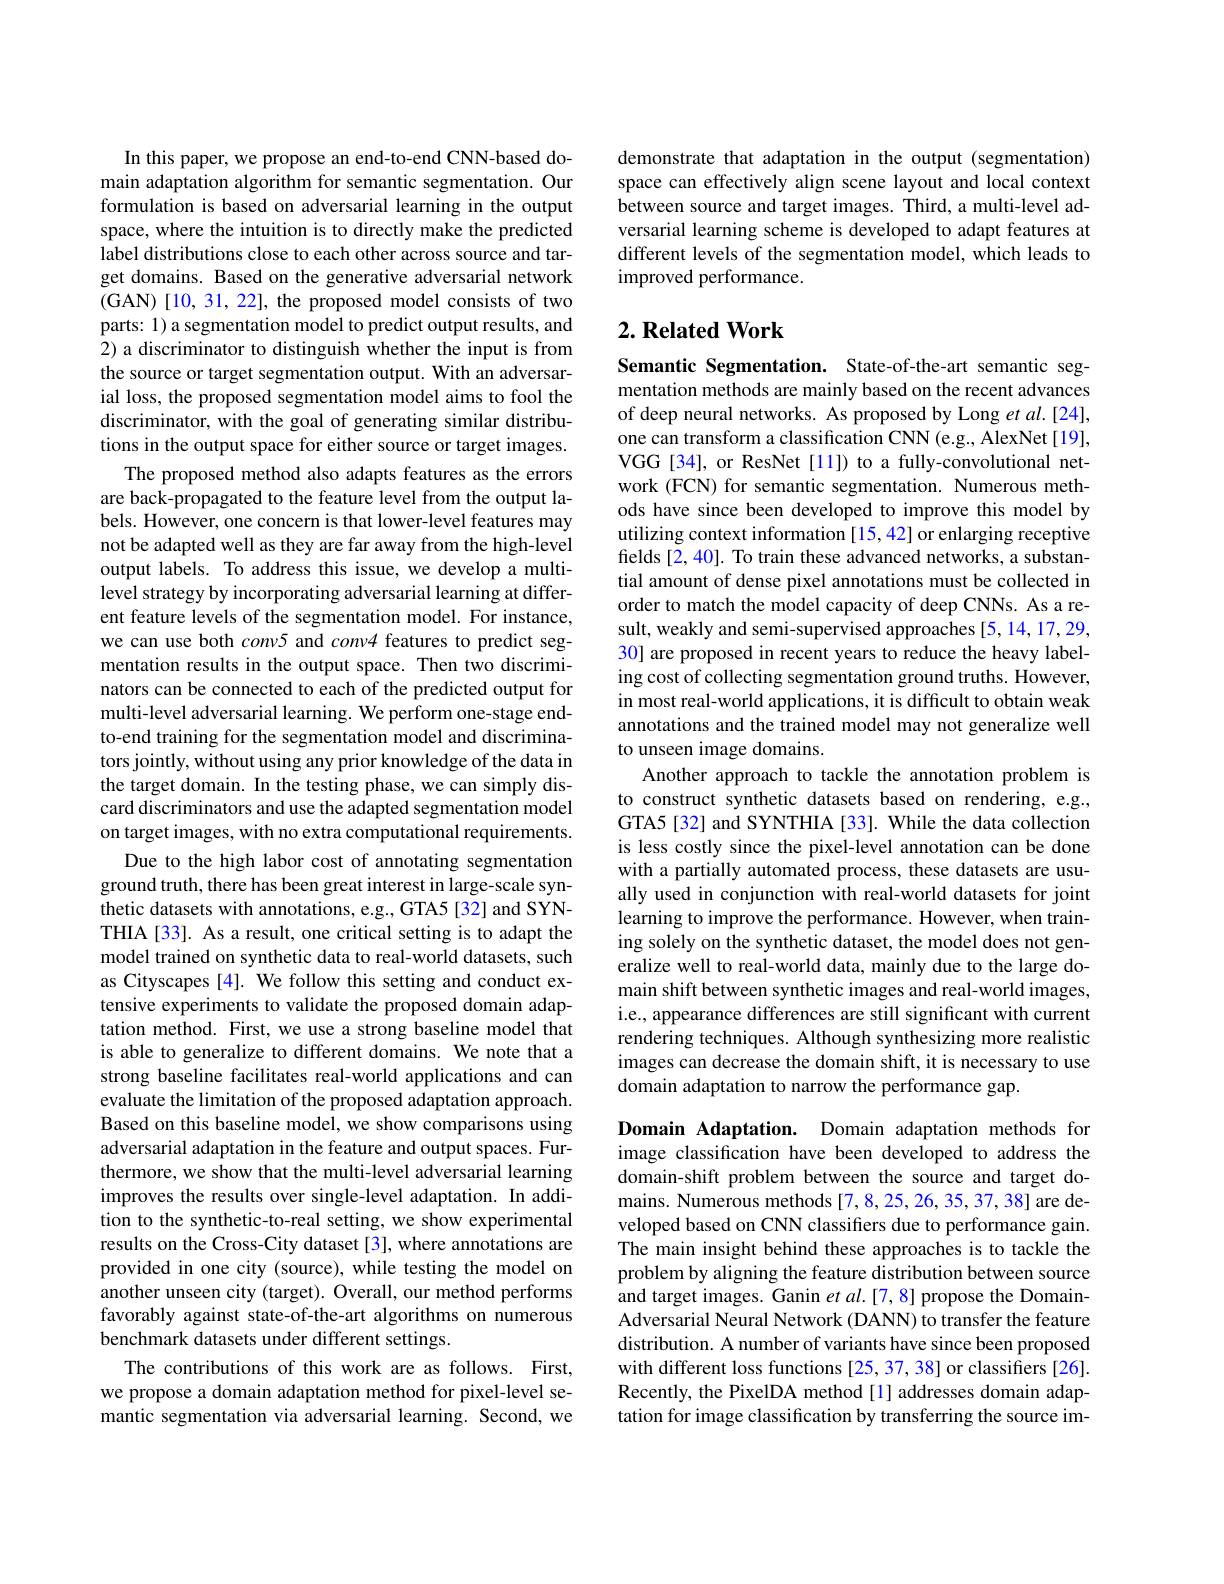
In this paper, we propose an end-to-end CNN-based domain adaptation algorithm for semantic segmentation. Our formulation is based on adversarial learning in the output space, where the intuition is to directly make the predicted label distributions close to each other across source and target domains. Based on the generative adversarial network (GAN)[10, 31, 22], the proposed model consists of two parts: 1) a segmentation model to predict output results, and 2) a discriminator to distinguish whether the input is from the source or target segmentation output. With an adversarial loss, the proposed segmentation model aims to fool the discriminator, with the goal of generating similar distributions in the output space for either source or target images.
The proposed method also adapts features as the errors are back-propagated to the feature level from the output labels. However, one concern is that lower-level features may not be adapted well as they are far away from the high-level output labels. To address this issue, we develop a multilevel strategy by incorporating adversarial learning at different feature levels of the segmentation model. For instance, we can use both conv5 and conv4 features to predict segmentation results in the output space. Then two discriminators can be connected to each of the predicted output for multi-level adversarial learning. We perform one-stage endto-end training for the segmentation model and discriminators jointly, without using any prior knowledge of the data in the target domain. In the testing phase, we can simply discard discriminators and use the adapted segmentation model on target images, with no extra computational requirements.
Due to the high labor cost of annotating segmentation ground truth, there has been great interest in large-scale synthetic datasets with annotations, e.g., GTA5 [32] and SYNTHIA[33]. As a result, one critical setting is to adapt the model trained on synthetic data to real-world datasets, such as Cityscapes [4]. We follow this setting and conduct extensive experiments to validate the proposed domain adaptation method. First, we use a strong baseline model that is able to generalize to different domains. We note that a strong baseline facilitates real-world applications and can evaluate the limitation of the proposed adaptation approach. Based on this baseline model, we show comparisons using adversarial adaptation in the feature and output spaces. Furthermore, we show that the multi-level adversarial learning improves the results over single-level adaptation. In addition to the synthetic-to-real setting, we show experimental results on the Cross-City dataset [3], where annotations are provided in one city (source), while testing the model on another unseen city (target). Overall, our method performs favorably against state-of-the-art algorithms on numerous benchmark datasets under different settings.
The contributions of this work are as follows. First, we propose a domain adaptation method for pixel-level semantic segmentation via adversarial learning. Second, we

demonstrate that adaptation in the output (segmentation) space can effectively align scene layout and local context between source and target images. Third, a multi-level adversarial learning scheme is developed to adapt features at different levels of the segmentation model, which leads to improved performance.

## $2. \textbf{Related Work}$

Semantic Segmentation. State-of-the-art semantic segmentation methods are mainly based on the recent advances of deep neural networks. As proposed by Long et al.[24], one can transform a classification CNN (e.g., AlexNet[19], VGG[34], or ResNet[11]) to a fully-convolutional network (FCN) for semantic segmentation. Numerous methods have since been developed to improve this model by utilizing context information[15,42] or enlarging receptive fields [2,40]. To train these advanced networks, a substantial amount of dense pixel annotations must be collected in order to match the model capacity of deep CNNs. As a result, weakly and semi-supervised approaches [5,14,17,29, 30] are proposed in recent years to reduce the heavy labeling cost of collecting segmentation ground truths. However, in most real-world applications, it is difficult to obtain weak annotations and the trained model may not generalize well to unseen image domains.
Another approach to tackle the annotation problem is to construct synthetic datasets based on rendering, e.g., GTA5[32] and SYNTHIA [33]. While the data collection is less costly since the pixel-level annotation can be done with a partially automated process, these datasets are usually used in conjunction with real-world datasets for joint learning to improve the performance. However, when training solely on the synthetic dataset, the model does not generalize well to real-world data, mainly due to the large domain shift between synthetic images and real-world images, i.e., appearance differences are still significant with current rendering techniques. Although synthesizing more realistic images can decrease the domain shift, it is necessary to use domain adaptation to narrow the performance gap.

Domain Adaptation. Domain adaptation methods for image classification have been developed to address the domain-shift problem between the source and target domains. Numerous methods[7,8,25,26,35,37,38] are developed based on CNN classifiers due to performance gain. The main insight behind these approaches is to tackle the problem by aligning the feature distribution between source and target images. Ganin $etal.[7,8]$ propose the DomainAdversarial Neural Network (DANN) to transfer the feature distribution. A number of variants have since been proposed with different loss functions [25, 37, 38] or classifiers [26]. Recently, the PixelDA method[1] addresses domain adaptation for image classification by transferring the source im-